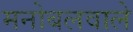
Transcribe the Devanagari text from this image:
मनोबलवाले